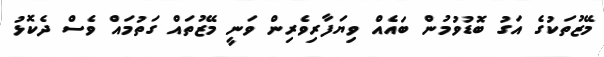
މޭޒުތަކުގެ އަގު ބޮޑުވުމުން ބައެއް ވިޔަފާރިވެރިން ވަނީ މޭޒުތައް ގަތުމައް ވެސް ދެކޮޅު